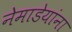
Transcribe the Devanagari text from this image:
नेमाडेयांना